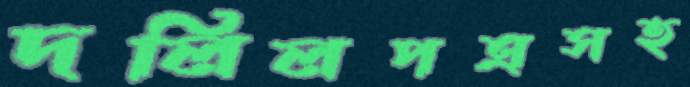
দলিলপত্রসহ